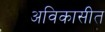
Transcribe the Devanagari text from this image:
अविकासीत